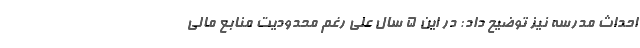
احداث مدرسه نیز توضیح داد: در این ۵ سال علی رغم محدودیت منابع مالی